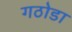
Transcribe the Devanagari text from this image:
गठोडा